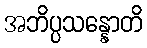
အဘိပ္ပသန္နောတိ